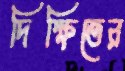
দিক্ষিতের